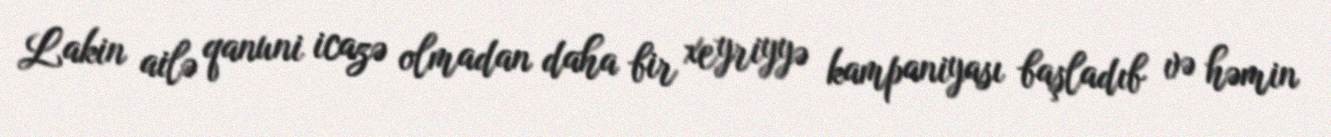
Lakin ailə qanuni icazə olmadan daha bir xeyriyyə kampaniyası başladıb və həmin